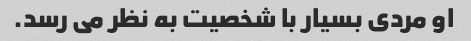
او مردی بسیار با شخصیت به نظر می رسد.